Day School Certificate (Lower), 1927
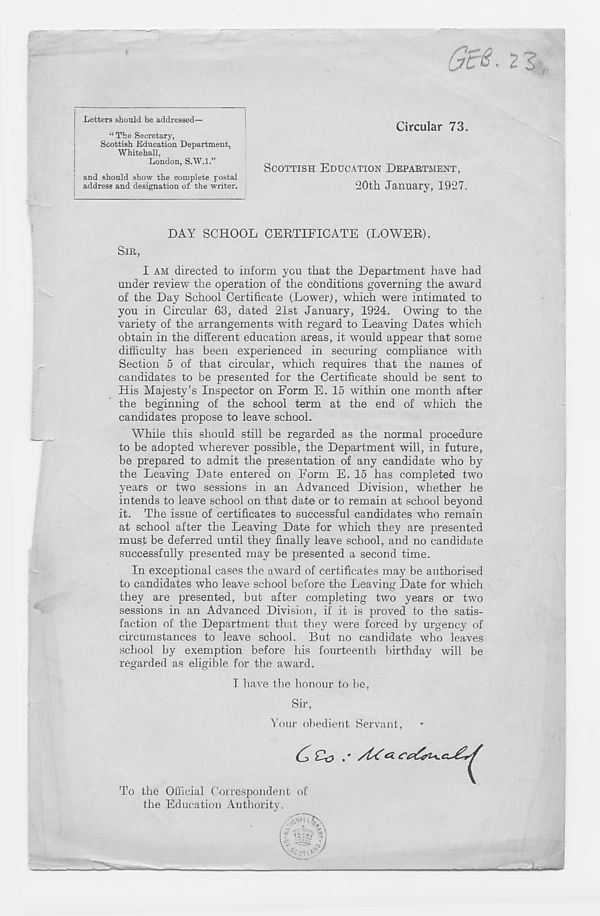
J Letters should be addressed—
Circular 73.
“The Secretary,
Scottish Education Department,
Whitehall,
London, S.W.l.”
SCOTTISH EDUCATION DEPARTMENT,
20th January, 1927.
and should show the complete postal
i address and designation of the writer.
DAY SCHOOL CERTIFICATE (LOWER).
SIR,
I AM directed to inform you that the Department have had
under review the operation of the conditions governing the award
of the Day School Certificate (Lower), which were intimated to
you in Circular 63, dated 21st January, 1924. Owing to the
variety of the arrangements with regard to Leaving Dates which
obtain in the different education areas, it would appear that some
difficulty has been experienced in securing compliance with
Section 5 of that circular, which requires that the names of
candidates to be presented for the Certificate should be sent to
His Majesty’s Inspector on Form E. 15 within one month after
the beginning of the school term at the end of which the
candidates propose to leave school.
While this should still be regarded as the normal procedure
to be adopted wherever possible, the Department will, in future,
be prepared to admit the presentation of any candidate who by
the Leaving Date entered on Form E. 15 has completed two
years or two sessions in an Advanced Division, whether he
intends to leave school on that date or to remain at school beyond
it. The issue of certificates to successful candidates who remain
at school after the Leaving Date for which they are presented
must be deferred until they finally leave school, and no candidate
successfully presented may be presented a second time.
In exceptional cases the award of certificates may be authorised
to candidates who leave school before the Leaving Date for which
they are presented, but after completing two years or two
sessions in an Advanced Division, if it is proved to the satis-
faction of the Department that they were forced by urgency of
circumstances to leave school. But no candidate who leaves
school by exemption before his fourteenth birthday will be
regarded as eligible for the award.
I have the honour to be,
Sir,
Your obedient Servant,
To the Official Correspondent of
the Education Authority.